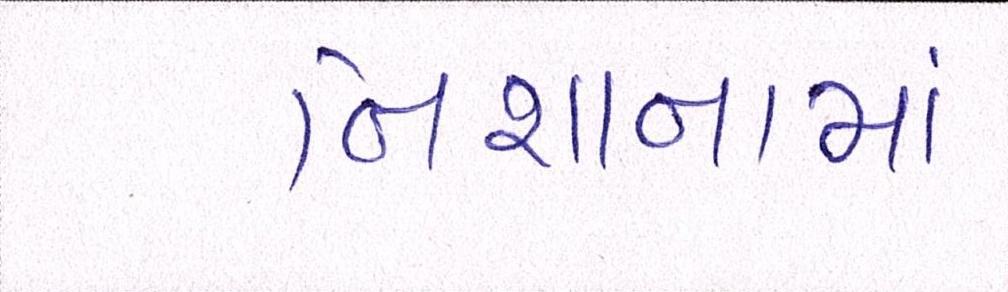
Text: નિશાનામાં